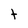
Character: t